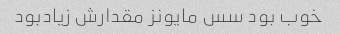
خوب بود سس مایونز مقدارش زیادبود